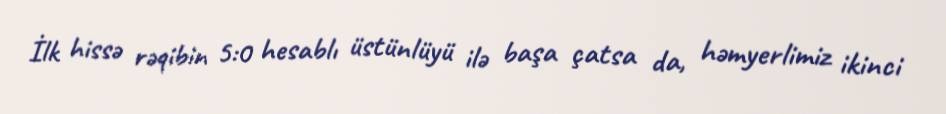
İlk hissə rəqibin 5:0 hesablı üstünlüyü ilə başa çatsa da, həmyerlimiz ikinci